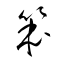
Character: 笨